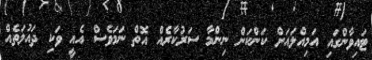
ޓައިވާންގައި އަމިއްލައަށް ކަންކަން ނިންމާ ސަރުކާރެއް އޮތް ނަމަވެސް އެއީ ވަކި ދައުލަތެއް